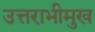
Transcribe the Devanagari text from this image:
उत्तराभीमुख